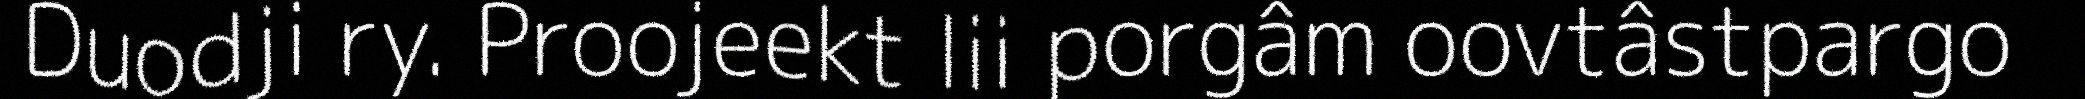
Duodji ry. Proojeekt lii porgâm oovtâstpargo